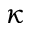
\kappa